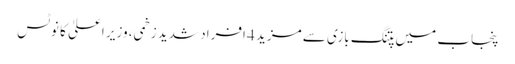
پنجاب میں پتنگ بازی سے مزید 4 افراد شدید زخمی، وزیر اعلیٰ کا نوٹس